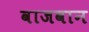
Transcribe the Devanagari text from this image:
वाजवान